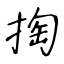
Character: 掏